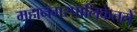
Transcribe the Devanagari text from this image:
महानगरपालिकेतले